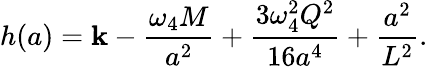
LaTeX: h(a)=\mathbf{k}-{\frac{{\omega_{4}M}}{{a^{2}}}}+{\frac{{3\omega_{4}^{2}Q^{2}}}{{16a^{4}}}}+{\frac{{a^{2}}}{{L^{2}}}}.